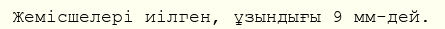
Жемісшелері иілген, ұзындығы 9 мм-дей.